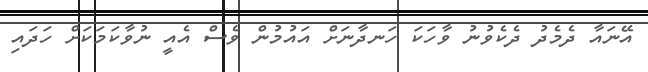
އޭނައާ ދެމެދު ދެކެވުނު ވާހަކަ ހަނދާނަށް އައުމުން ވެސް އެއީ ނުވާކަމަކަށް ހަދައި